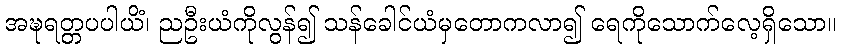
အဍ္ဎရတ္တပပါယိံ၊ ညဦးယံကိုလွန်၍ သန်ခေါင်ယံမှတောကလာ၍ ရေကိုသောက်လေ့ရှိသော။